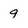
Character: 9